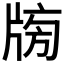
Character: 𤗒